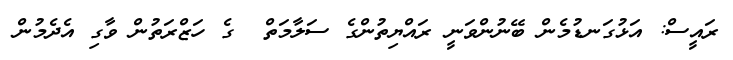
ރައީސް: އަޅުގަނޑުމެން ބޭނުންވަނީ ރައްޔިތުންގެ ސަލާމަތް  ގެ ހަޒްރަތުން ވާގި އެދެމުން